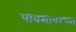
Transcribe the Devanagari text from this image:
पावसावरच्या